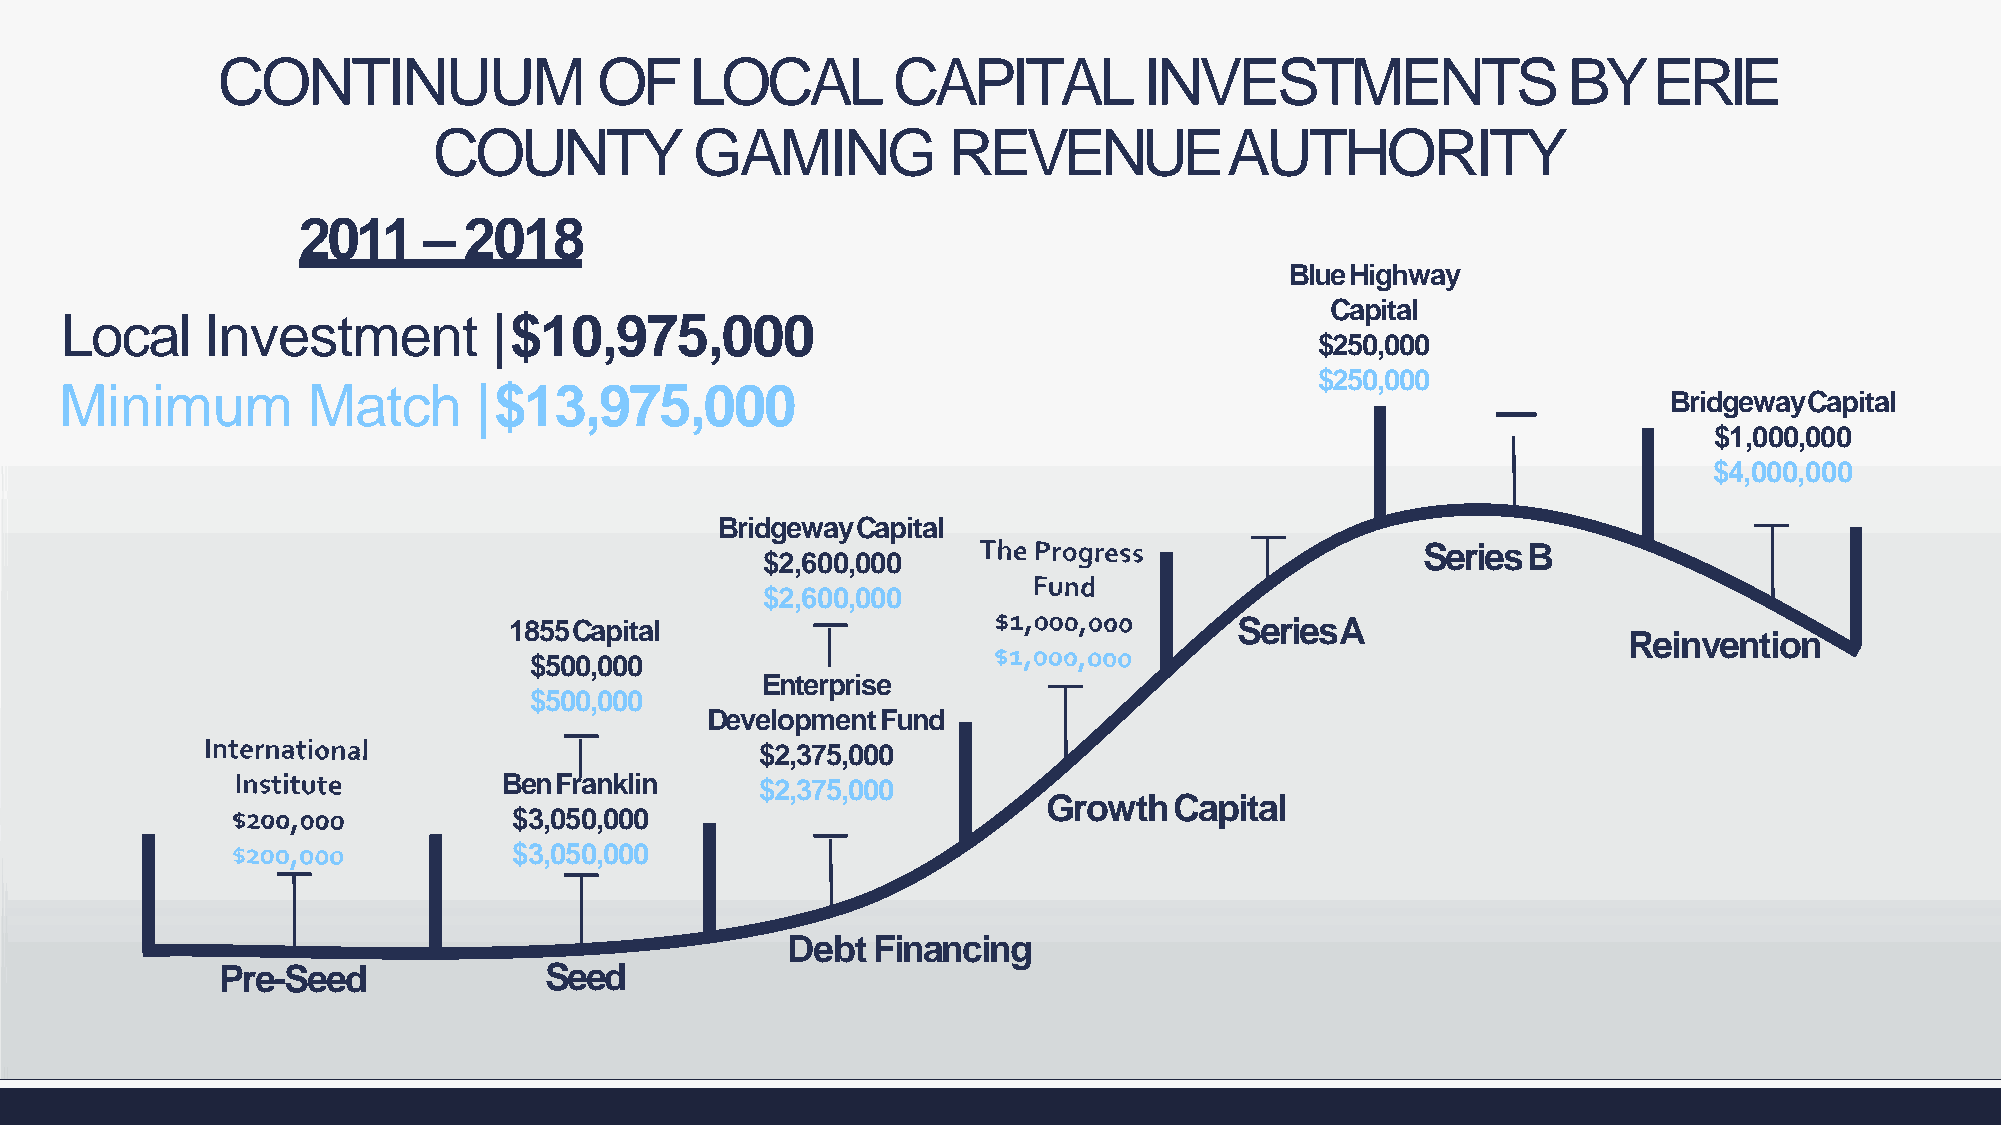
CONTINUUM                 OF    LOCAL        CAPITAL          INVESTMENTS                 BYERIE
 COUNTY           GAMING           REVENUEAUTHORITY
 2011    –  2018
 BlueHighway
 Capital
 Local    Investment          |$10,975,000
 $250,000
 $250,000
 Minimum         Match       |$13,975,000
 BridgewayCapital
 $1,000,000
 $4,000,000
 BridgewayCapital
 SeriesB
 $2,600,000
 $2,600,000
 1855Capital                                     SeriesA
 Reinvention
 $500,000
 Enterprise
 $500,000
 DevelopmentFund
 $2,375,000
 BenFranklin      $2,375,000
 GrowthCapital
 $3,050,000
 $3,050,000
 DebtFinancing
 Pre-Seed             Seed